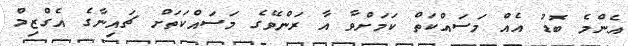
އެންމެ ބޮޑު އެއް މަސައްކަތް ކަމަށްވާ އާ ރަންވޭގެ މަސައްކަތަށް ޗައިނާގެ އެގްޒިމް